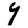
Digit: 9